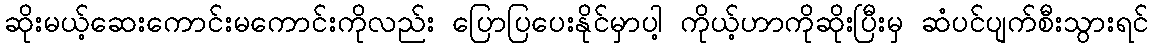
ဆိုးမယ့်ဆေးကောင်းမကောင်းကိုလည်း ပြောပြပေးနိုင်မှာပါ့ ကိုယ့်ဟာကိုဆိုးပြီးမှ ဆံပင်ပျက်စီးသွားရင်